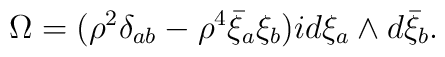
\Omega= ({\rho}^2 \delta_{ab} -{\rho}^4 \bar{\xi}_a \xi_b )id\xi_a \wedge d\bar{\xi}_b.